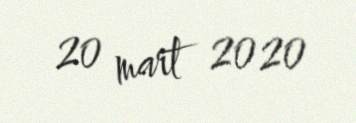
20 mart 2020